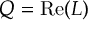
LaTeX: Q = { \mathrm { R e } } ( L )